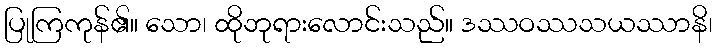
ပြုကြကုန်၏။ သော၊ ထိုဘုရားလောင်းသည်။ ဒဿဝဿသယဿာနိ၊